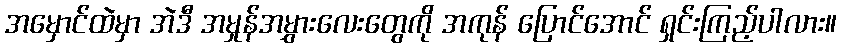
အမှောင်ထဲမှာ အဲဒီ အမှုန်အမွှားလေးတွေကို အကုန် ပြောင်အောင် ရှင်းကြည့်ပါလား။